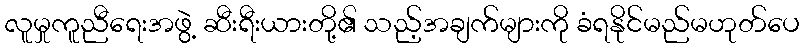
လူမှုကူညီရေးအဖွဲ့ ဆီးရီးယားတို့၏ သည့်အချက်များကို ခံရနိုင်မည်မဟုတ်ပေ